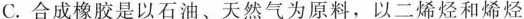
C.合成橡胶是以石油、天然气为原料，以二烯烃和烯烃